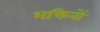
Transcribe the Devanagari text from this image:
भक्तिनों